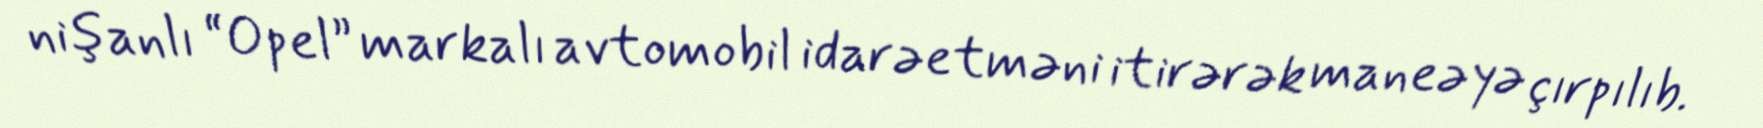
nişanlı “Opel” markalı avtomobil idarəetməni itirərək maneəyə çırpılıb.